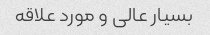
بسیار عالی و مورد علاقه